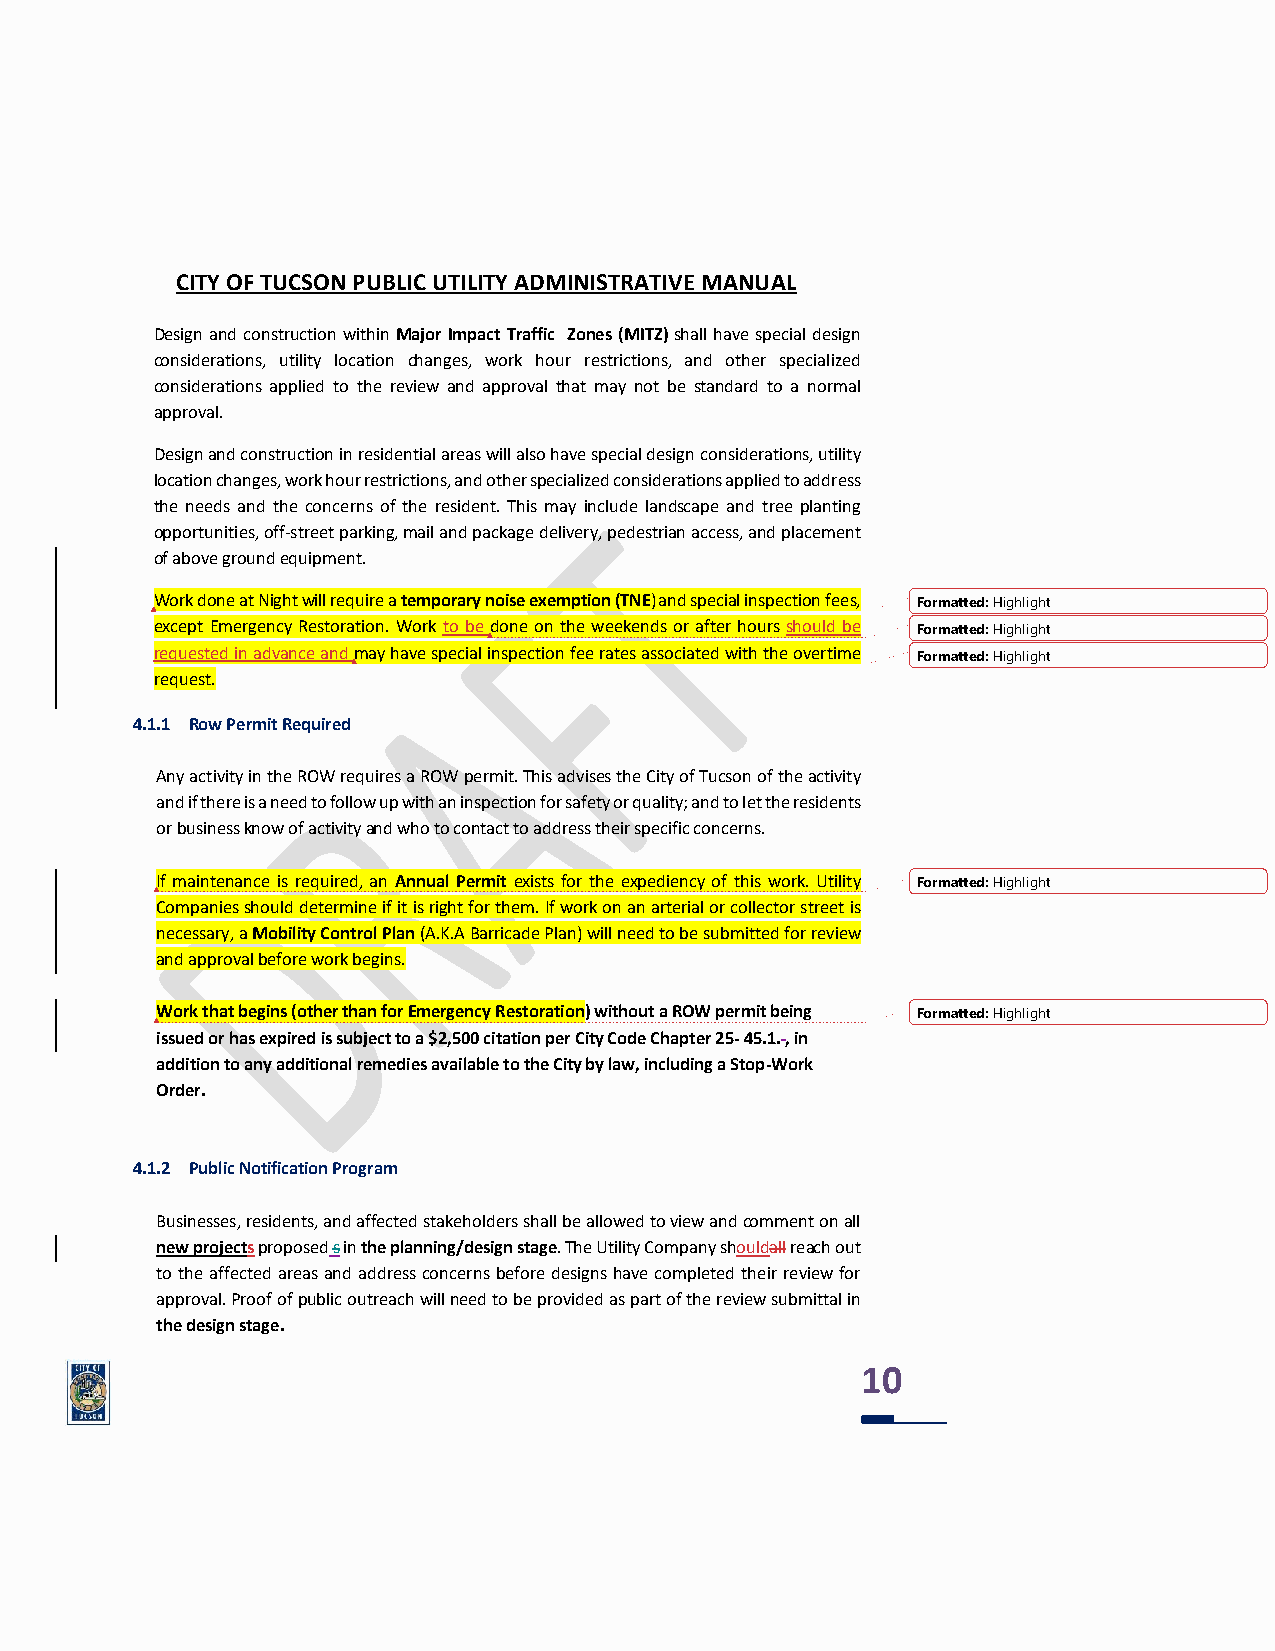
CITY OF TUCSON PUBLIC UTILITY ADMINISTRATIVE MANUAL
 Design and construction within Major Impact Traffic Zones (MITZ) shall have special design
 considerations, utility location changes, work hour restrictions, and other specialized
 considerations applied to the review and approval that may not be standard to a normal
 approval.
 Design and construction in residential areas will also have special design considerations, utility
 location changes, work hour restrictions, and other specialized considerations applied to address
 the needs and the concerns of the resident. This may include landscape and tree planting
 opportunities, off-street parking, mail and package delivery, pedestrian access, and placement
 of above ground equipment.
 Work done at Night will require a temporary noise exemption (TNE) and special inspection fees, Formatted: Highlight
 except Emergency Restoration. Work to be done on the weekends or after hours should be Formatted: Highlight
 requested in advance and may have special inspection fee rates associated with the overtime Formatted: Highlight
 request.
 4.1.1 Row Permit Required
 Any activity in the ROW requires a ROW permit. This advises the City of Tucson of the activity
 and if there is a need to follow up with an inspection for safety or quality; and to let the residents
 or business know of activity and who to contact to address their specific concerns.
 If maintenance is required, an Annual Permit exists for the expediency of this work. Utility Formatted: Highlight
 Companies should determine if it is right for them. If work on an arterial or collector street is
 necessary, a Mobility Control Plan (A.K.A Barricade Plan) will need to be submitted for review
 and approval before work begins.
 Work that begins (other than for Emergency Restoration) without a ROW permit being Formatted: Highlight
 issued or has expired is subject to a $2,500 citation per City Code Chapter 25- 45.1. , in
 addition to any additional remedies available to the City by law, including a Stop-Work
 Order.
 4.1.2 Public Notification Program
 Businesses, residents, and affected stakeholders shall be allowed to view and comment on all
 new projects proposed s in the planning/design stage. The Utility Company shouldall reach out
 to the affected areas and address concerns before designs have completed their review for
 approval. Proof of public outreach will need to be provided as part of the review submittal in
 the design stage.
 10